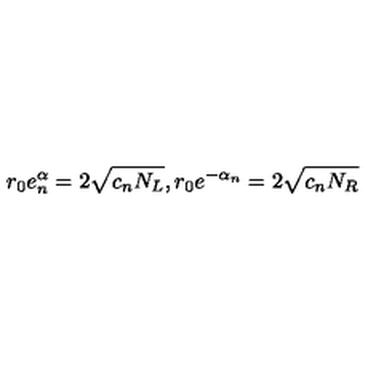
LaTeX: r _ { 0 } e _ { n } ^ { \alpha } = 2 \sqrt { c _ { n } N _ { L } } , r _ { 0 } e ^ { - \alpha _ { n } } = 2 \sqrt { c _ { n } N _ { R } }